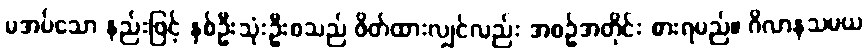
မအပ်သော နည်းဖြင့် နှစ်ဦးသုံးဦးစသည် ဖိတ်ထားလျှင်လည်း အစဉ်အတိုင်း စားရမည်။ ဂိလာနသမယ